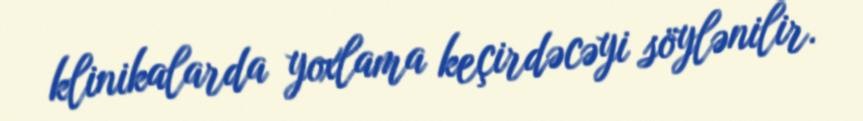
klinikalarda yoxlama keçirdəcəyi söylənilir.